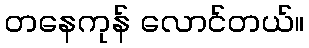
တနေကုန် လောင်တယ်။